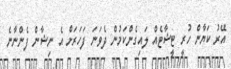
އޭރު ކަޔާން ހުރީ ޓީޝާޓެއް ލައިގެންކަމުން ދެވަނަ ފަހަރަށް އެ ނިޝާން ފެންނާނެ